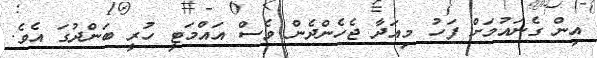
އިން ގެނައުމަށް ފަހު މިއަދާ ޖެހެންދެން ވެސް އައްމަޓީ ހުރީ ބަންދުގަ އެވެ.